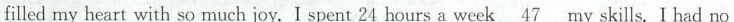
filled my heart with so much joy. I spent 24 hours a week\underline{47}my skills. I had no